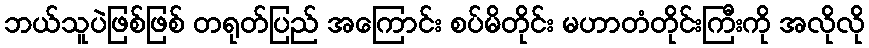
ဘယ်သူပဲဖြစ်ဖြစ် တရုတ်ပြည် အကြောင်း စပ်မိတိုင်း မဟာတံတိုင်းကြီးကို အလိုလို